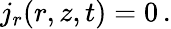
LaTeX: j_{r}(r,z,t)=0\, .